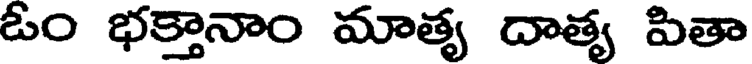
ఓం భక్తానాం మాత్య దాత్య పితా